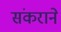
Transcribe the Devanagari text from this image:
संकराने